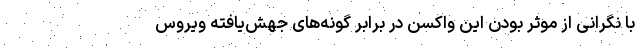
با نگرانی از موثر بودن این واکسن در برابر گونه‌های جهش‌یافته ویروس